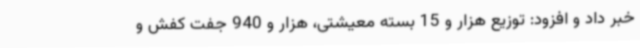
خبر داد و افزود: توزیع هزار و 15 بسته معیشتی، هزار و 940 جفت کفش و